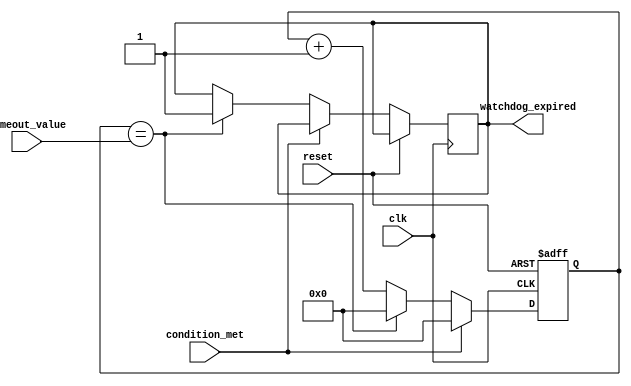
module watchdog_timer (
    input wire clk,
    input wire reset,
    input wire condition_met,
    input wire [7:0] timeout_value,
    output reg watchdog_expired
);

reg [7:0] timer_count;

always @ (posedge clk or posedge reset) begin
    if (reset) begin
        timer_count <= 8'd0;
    end else begin
        if (condition_met) begin
            timer_count <= 8'd0;
        end else if (timer_count == timeout_value) begin
            timer_count <= 8'd0;
            watchdog_expired <= 1;
        end else begin
            timer_count <= timer_count + 1;
        end
    end
end

endmodule